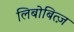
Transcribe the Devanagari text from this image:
लिबोबित्ज़